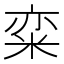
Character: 𱹃